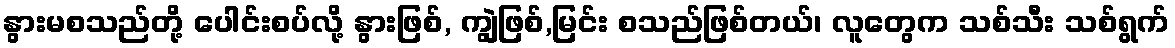
နွားမစသည်တို့ ပေါင်းစပ်လို့ နွားဖြစ်, ကျွဲဖြစ်,မြင်း စသည်ဖြစ်တယ်၊ လူတွေက သစ်သီး သစ်ရွက်